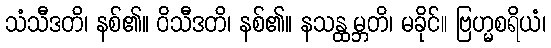
သံသီဒတိ၊ နစ်၏။ ဝိသီဒတိ၊ နစ်၏။ နသန္ထမ္ဘတိ၊ မခိုင်။ ဗြဟ္မစရိယံ၊